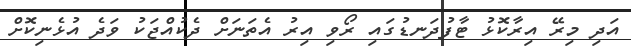
އަދި މިރޭ އިރާކޮޅު ޓާފުދަނޑުގައި ރޯވި އިރު އެތަނަށް ދެކުއްޖަކު ވަދެ އުޅެނިކޮށް